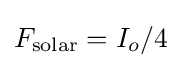
F_{\rm {solar}}=I_{o}/4